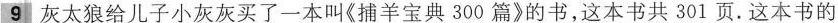
9灰太狼给儿子小灰灰买了一本叫《捕羊宝典300篇》的书，这本书共301页.这本书的